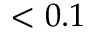
< 0 . 1